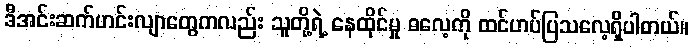
ဒီအင်းဆက်ဟင်းလျာတွေကလည်း သူတို့ရဲ့ နေထိုင်မှု ဓလေ့ကို ထင်ဟပ်ပြသလေ့ရှိပါတယ်။